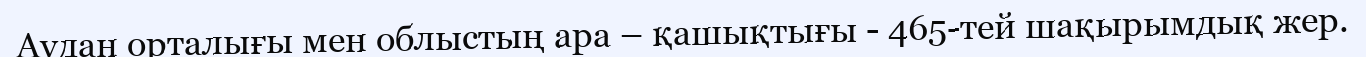
Аудан орталығы мен облыстың ара – қашықтығы - 465-тей шақырымдық жер.